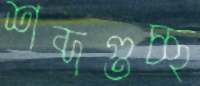
শব্দগুচ্ছ